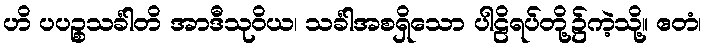
ဟိ ပပဉ္စသင်္ခါတိ အာဒီသုဝိယ၊ သင်္ခါအစရှိသော ပါဠိရပ်တို့၌ကဲ့သို့။ ဧတံ၊